King Institute of Preventive Medicine Micro-Biological Section reports 1912-19
Year: 1912
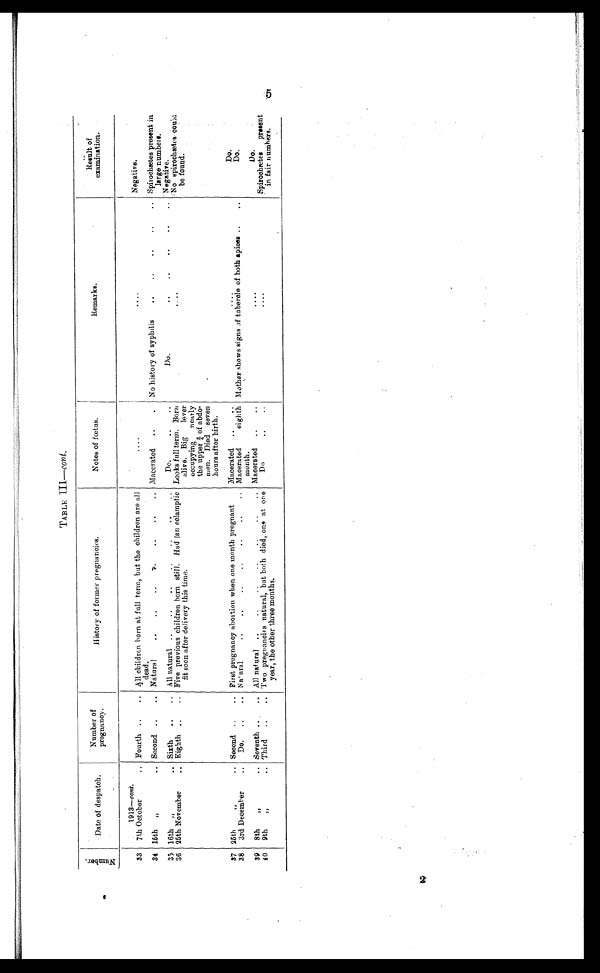
TABLE III.— c o n t .
N u m b e r .
Date of despatch.
Number of
pregnancy.
History of former pregnancies.
Notes of fœtus.
Remarks.
Result of
examination.
1913—cont.
33
7th October
.. Fourth ..
.. All children born at full term, but the children are al 1
dead..
. . . .
. .. ,
Negative.
34 15th
„
.. Second ..
.. Natural
..
..
..
..
..
..
.. Macerated
..
.
No history of syphilis
. . .. .. .. . .
Spirochætes present in
large numbers.
35 16th"..
Sixth
. .
. .
All natural ..
..
..
..
..
..
..
Do.
..
..
Do.
.. ..
. . . . . .
Negative.
36 25th November
" Eighth ..
.. Fiveprevious children born still. Had lan eclamptic
diit soon after delivery this time.
Looks full term. Born
alive. Big
lever
occupying
nearly
the upper 3/4 of abdo-
men. Died seven
hours after birth.
. .
No spirochætes could
be found.
37 25th
„
.. Second ..
.. First pregnancy abortion when one month pregnant
Macerated
..
..
....
Do.
38
3rd December
..
Do.
..
.. N a' ural
..
..
.
..
. . ..
Macerated
eighth
month.
Mother shows signs of tuberole of both apices ..
..
Do.
39
8th
„
.. Seventh ..
.. All natural ..
..
..
..
..
..
.. Macerated
..
..
. .
Do.
4 0
9th
„
.. Third
..
.. Twopregnancies natural, but both died, one at one
year, the other three months.
Do
..
..
. . .
Spirochretes present
in fair numbers.